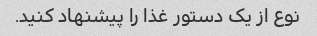
نوع از یک دستور غذا را پیشنهاد کنید.